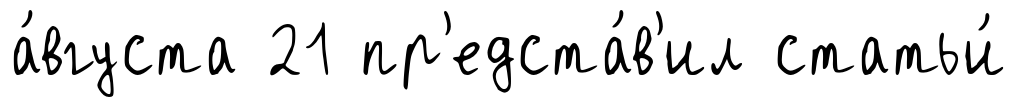
а́вгуста 21 пр'едста́в'ил статьи́